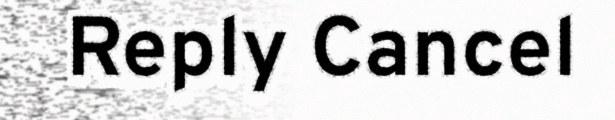
Reply Cancel